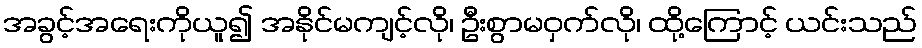
အခွင့်အရေးကိုယူ၍ အနိုင်မကျင့်လို၊ ဦးစွာမဝှက်လို၊ ထို့ကြောင့် ယင်းသည်